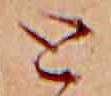
と